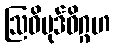
ဩဓိပုဒ်ဝိဂ္ဂဟ